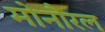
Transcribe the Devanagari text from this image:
मोनौरल